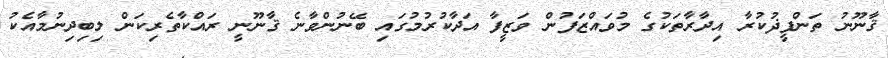
ޤާނޫނު ތަންފީޛުކުރާ އިދާރާތަކުގެ މުވައްޒަފުން ވަޒީފާ އަދާކުރުމުގައި ބޭނުންވާނެ ޤާނޫނީ ރައްކާތެރިކަން ލިބިދިނުމާއެކު